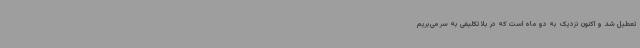
تعطیل شد و اکنون نزدیک به دو ماه است که در بلاتکلیفی به سر می‌بریم